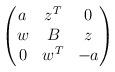
LaTeX: \begin{align*}\begin{pmatrix}a&z^T&0\\w&B&z\\0&w^T&-a\end{pmatrix}\end{align*}